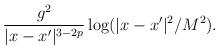
LaTeX: \begin{align*}\frac{g^{2}}{|x-x^{\prime}|^{3-2p}}\log(|x-x^{\prime}|^{2}/{M^{2}}).\end{align*}